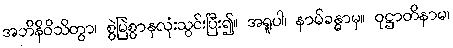
အဘိနိဝိသိတွာ၊ စွဲမြဲစွာနှလုံးသွင်းပြီး၍။ အရူပါ၊ နာမ်ခန္ဓာမှ။ ဝုဋ္ဌာတိနာမ၊